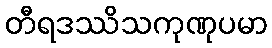
တီရဒဿိသကုဏုပမာ